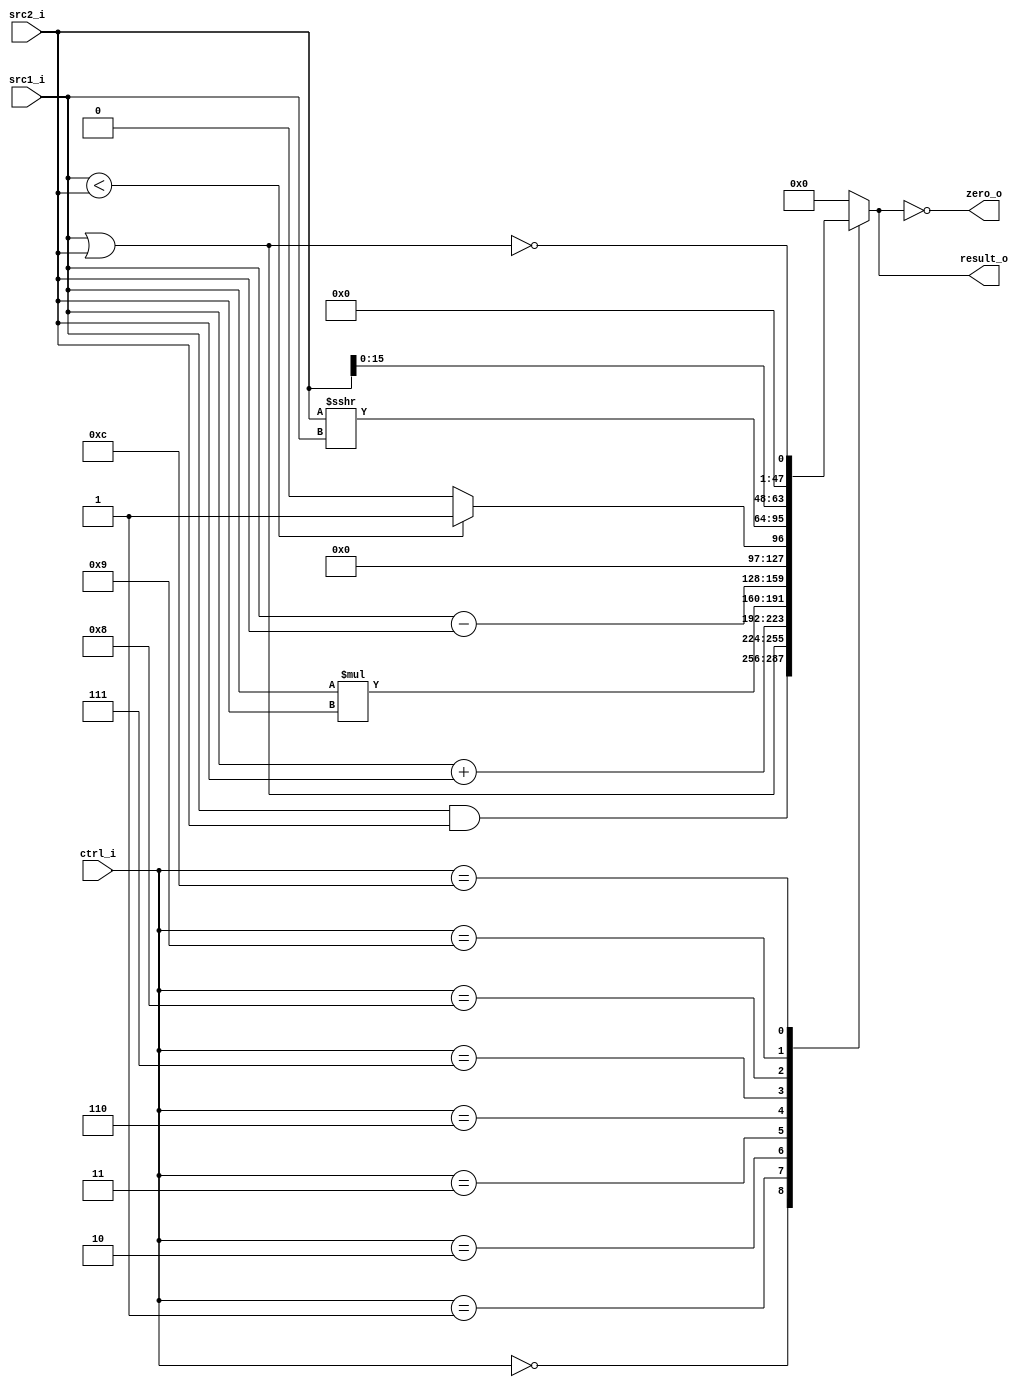
//Subject:     CO project 2 - ALU
//--------------------------------------------------------------------------------
//Version:     1
//--------------------------------------------------------------------------------
//Writer: 0616086 
//----------------------------------------------
//Date:        
//----------------------------------------------
//Description: 
//--------------------------------------------------------------------------------

module ALU(
    src1_i,
	src2_i,
	ctrl_i,
	result_o,
	zero_o
	);
     
//I/O ports
input  [32-1:0]  src1_i;
input  [32-1:0]	 src2_i;
input  [4-1:0]   ctrl_i;

output reg [32-1:0]	 result_o;
output           zero_o;

//Internal signals
//reg    [32-1:0]  result_o;
//wire             zero_o;

//Parameter

//Main function
assign zero_o = (result_o == 0);
always@(ctrl_i, src1_i, src2_i) begin
    case (ctrl_i)
        0:  result_o <= src1_i & src2_i; // bltz
        1:  result_o <= src1_i | src2_i;
        2:  result_o <= src1_i + src2_i;
        3:  result_o <= src1_i * src2_i;
        6:  result_o <= src1_i - src2_i; // beq, bne
        7:  result_o <= $signed(src1_i) < $signed(src2_i) ? 1 : 0;//slt
        8:  result_o <= $signed(src2_i) >>> src1_i;  // shift right
        9:  result_o <= src2_i << 16; // lui
        12: result_o <= !(src1_i | src2_i); // nor
        default: result_o <= 0;
    endcase
end

endmodule